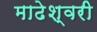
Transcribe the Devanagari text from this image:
माढेश्वरी